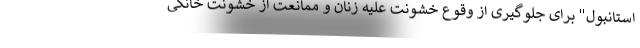
استانبول" برای جلوگیری از وقوع خشونت علیه زنان و ممانعت از خشونت خانگی